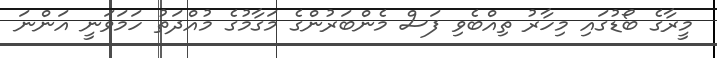
މީރާގެ ބޯޑުގައި މިހާރު ތިއްބެވި ފަސް މެންބަރުންގެ މަގާމުގެ މުއްދަތު ހަމަވަނީ އަންނަ